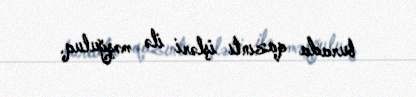
burada qazıntı işləri ilə məşğuluq.